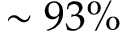
\sim 9 3 \%